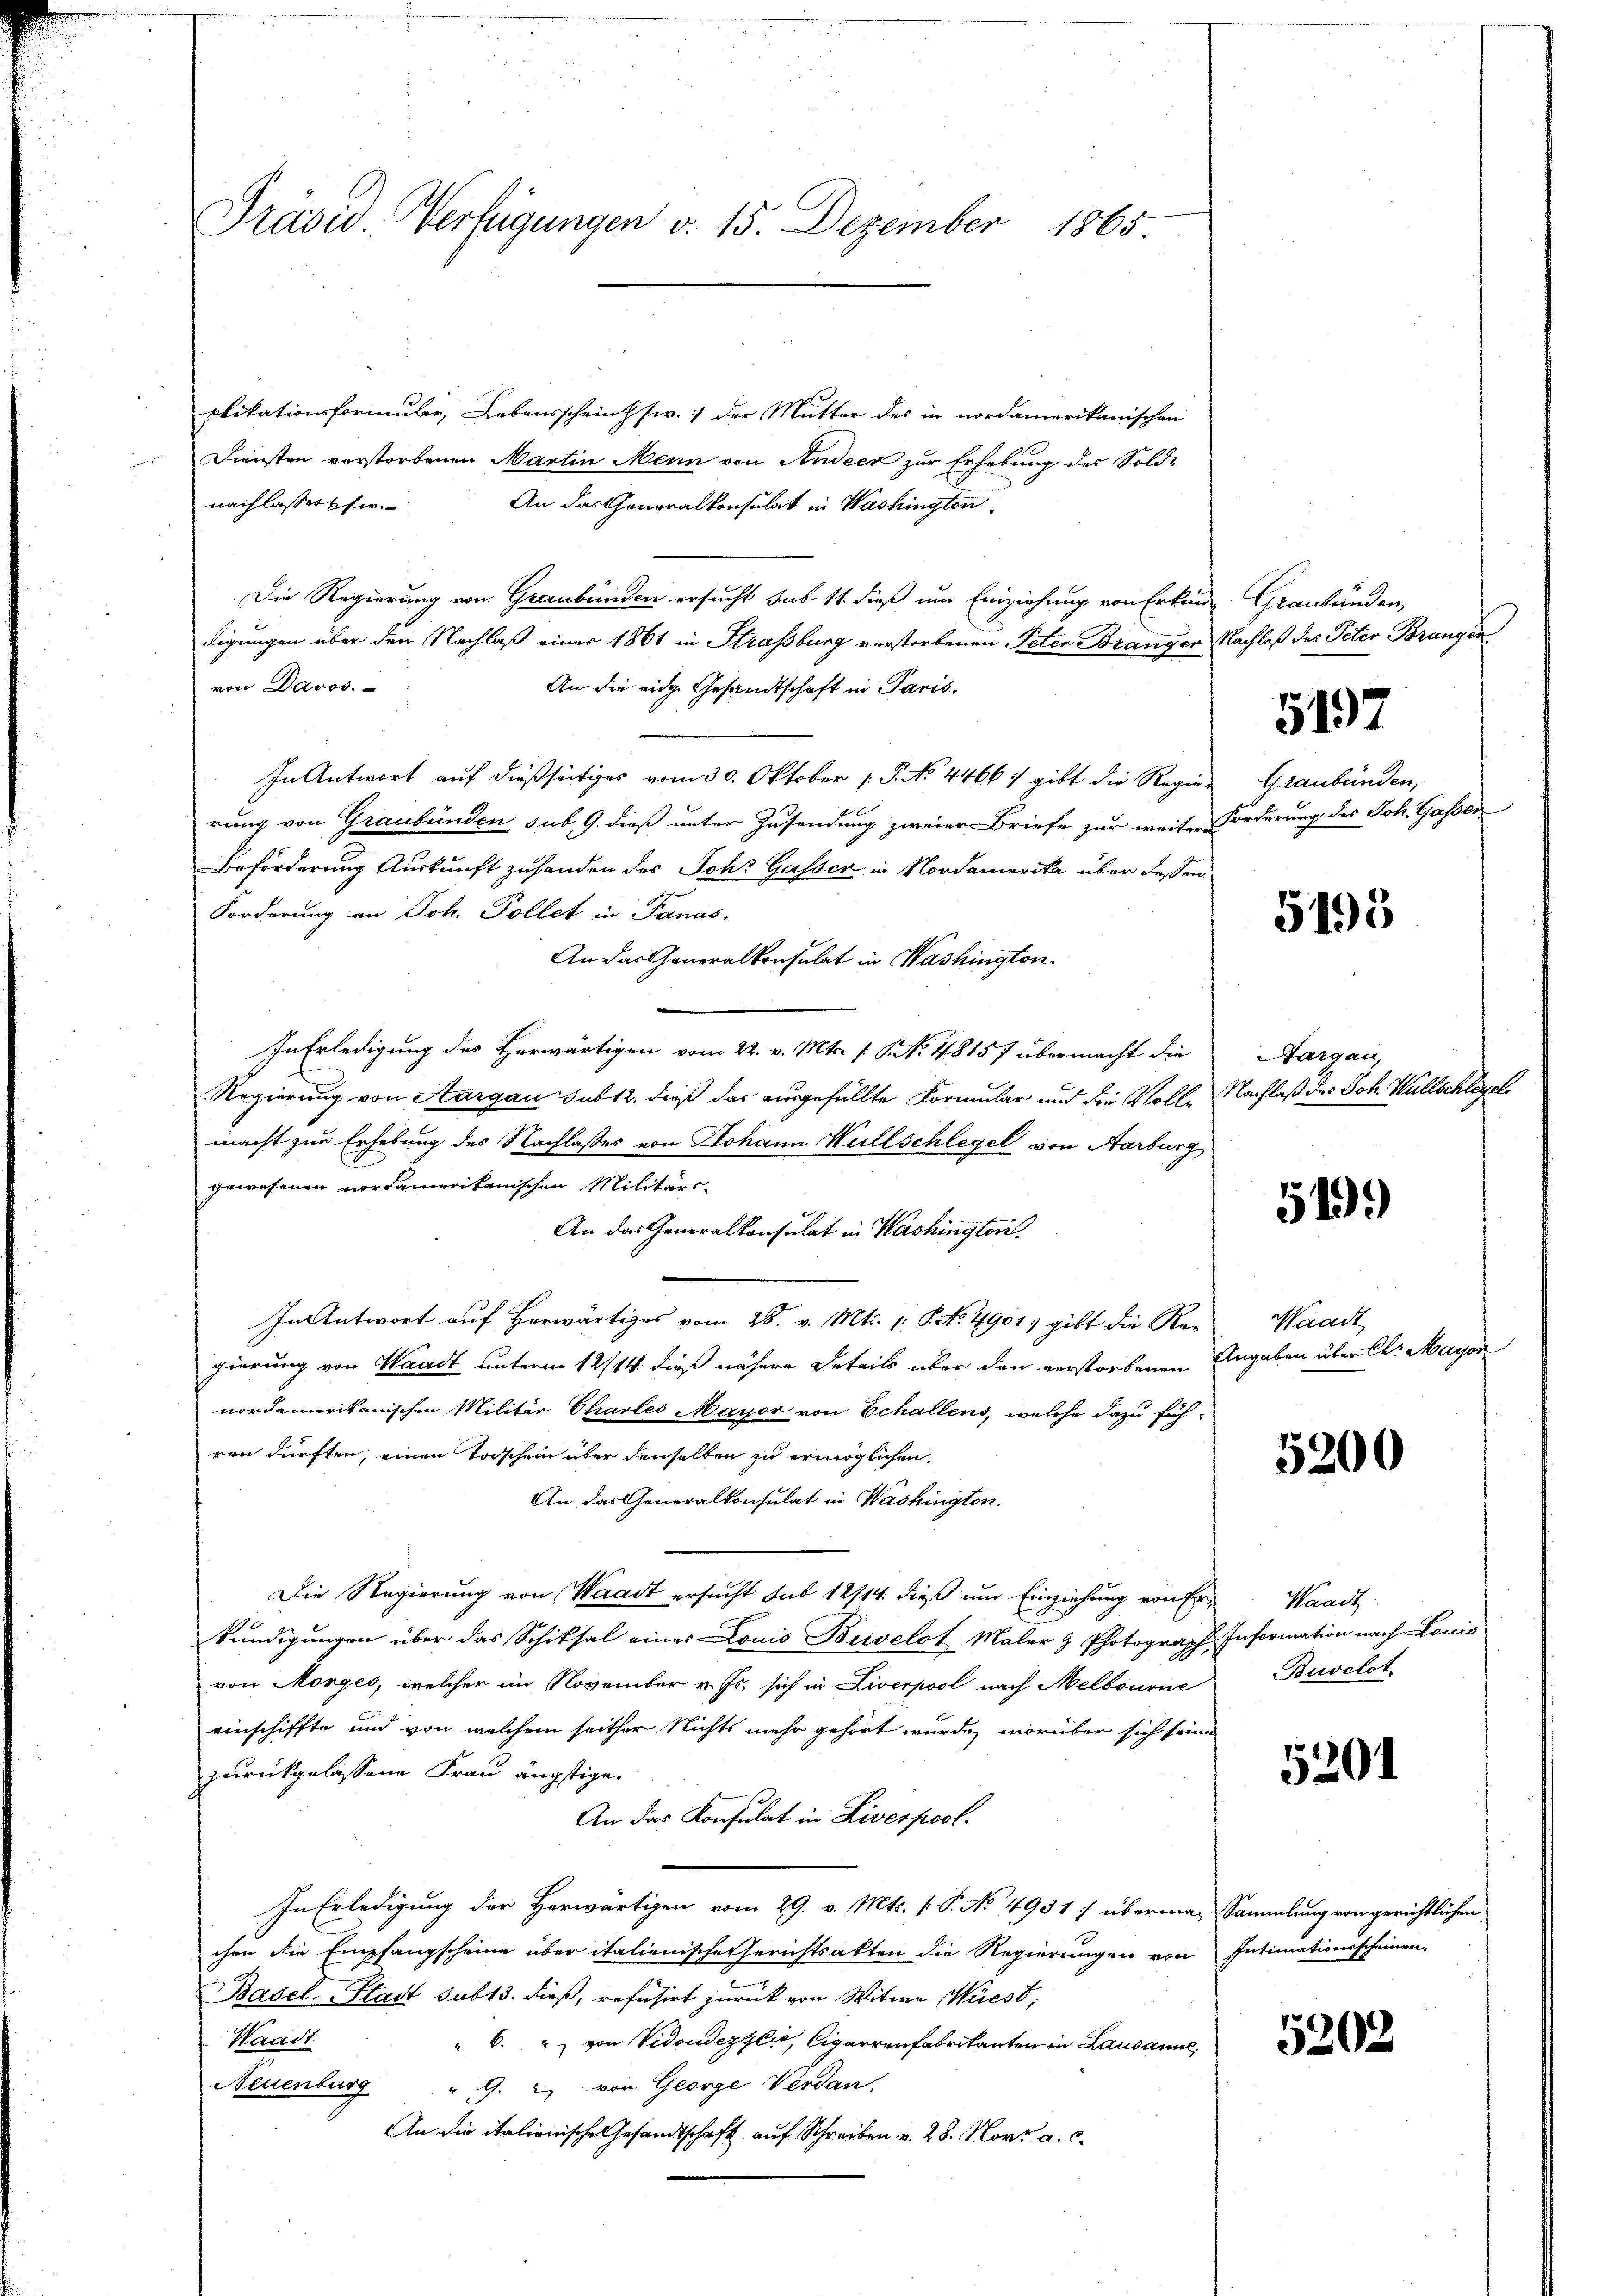
Präsid Verfügungen v. 15. Dezember 1865

plikationsformule Lebensscheinsw. 1 der Mutter des in nordamerikanischen
Diensten verstorbenen Martin Mein von Andeer zur Erhebung des Sold-
nachlassesser. An das Generalkonsulat in Washington
Die Regierung von Graubünden ersucht sub 11. dieß um Einziehung von Erkun
digungen über den Nachlaß einer 1861 in Strassburg verstorbenen Peter Brangen Nachlaß des Peter Brangen
von Davos.
An die eige Gesandtschaft in Paris.
In Antwort auf dießseitiges vom 30. Oktober 1. P. No. 4466, gibt die Regierung von Graubünden sub. 9. dieß unter Zusendung zweier Briefe zur weitere
Beförderung Auskunft zu handen des Schr Gasser in Nordamerika über dessen
Forderung an Joh. Pollet in Panas.
An das Generalkonsulat in Washington.
In Erledigung des Herwärtigen vom 22. v. Mts. [NNo. 48157 übermacht die
Regierung von Aargau sub 2, dieß das eingefüllte Formular und die Vollmacht zur Erhebung des Nachlasses von Johann Willschlegel von Aarburg
gewesenen nordamerikanischen Militärs
An das Generalkonsulat in Washington.
In Antwort auf Herwärtiges vom 28. v. Mts. S. No. 4901, gibt die Re-
gierung von Waadt unterm 12/14. dieß nähere Details über den verstorbenen Angaben über Cl. Mayon
nordamerikanischen Militär Charles Mayor von Echallens, welche dazu füh-
ren dürften, einen Todschein über denselben zu ermöglichen,
An das Generalkonsulat in Washington.
Die Regierung von Waadt ersucht sub 12/14. dieß um Einziehung von Erkundigungen über das Schiksal einer Louis Bielot Maler & Photograph Information nach Louis
von Morges, welcher im November v. Js. sich in Liverpool nach Melbourne
einschiffte und von welchem seither Nichts mehr gehört wurde, worüber sich seine
zurückgelassene Frau ängstigen
An das Konsulat in Liverpool.
In Erledigung der Herwärtigen vom 29. v. Mts. v. P. No 495 1 7 überma-Sammlung von gerichtlichen
chen die Empfangscheine über italienische Gerichtsakten die Regierungen von
Basel-Stadt sub 3. dieß, refüsirt zurück von Witwe Wüest;
Waadt
" 6. " von Vidoudezglio, Cigarrenfabrikanten in Lausanne,
Neuenburg " G. u von George Verdan
An die italienische Gesandtschaft auf Schreiben v. 28. Nov. a. c.

Graubünden.

5197

Graubünden,
Forderung des Joh. Gassen

5195

Aargau,
Nachlaß des Joh. Willschlegel

519.)

Waadt

5200

Waadt.
Buvelot

5201

Intimationsscheinen

5202